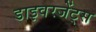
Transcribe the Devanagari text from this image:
डाइवरजेंट्स